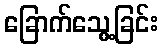
ခြောက်သွေ့ခြင်း